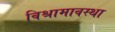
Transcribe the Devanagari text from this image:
विश्रामावस्था